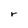
Character: r